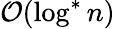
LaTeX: \mathcal{O}(\log^{*}n)